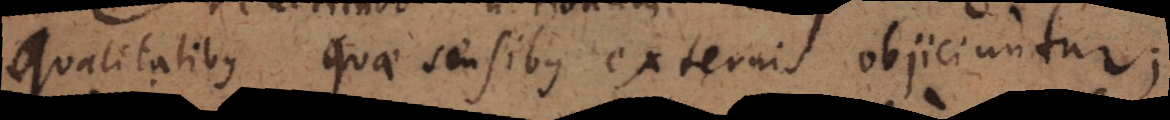
qualitatibus quae sensibus externis objiciuntur;